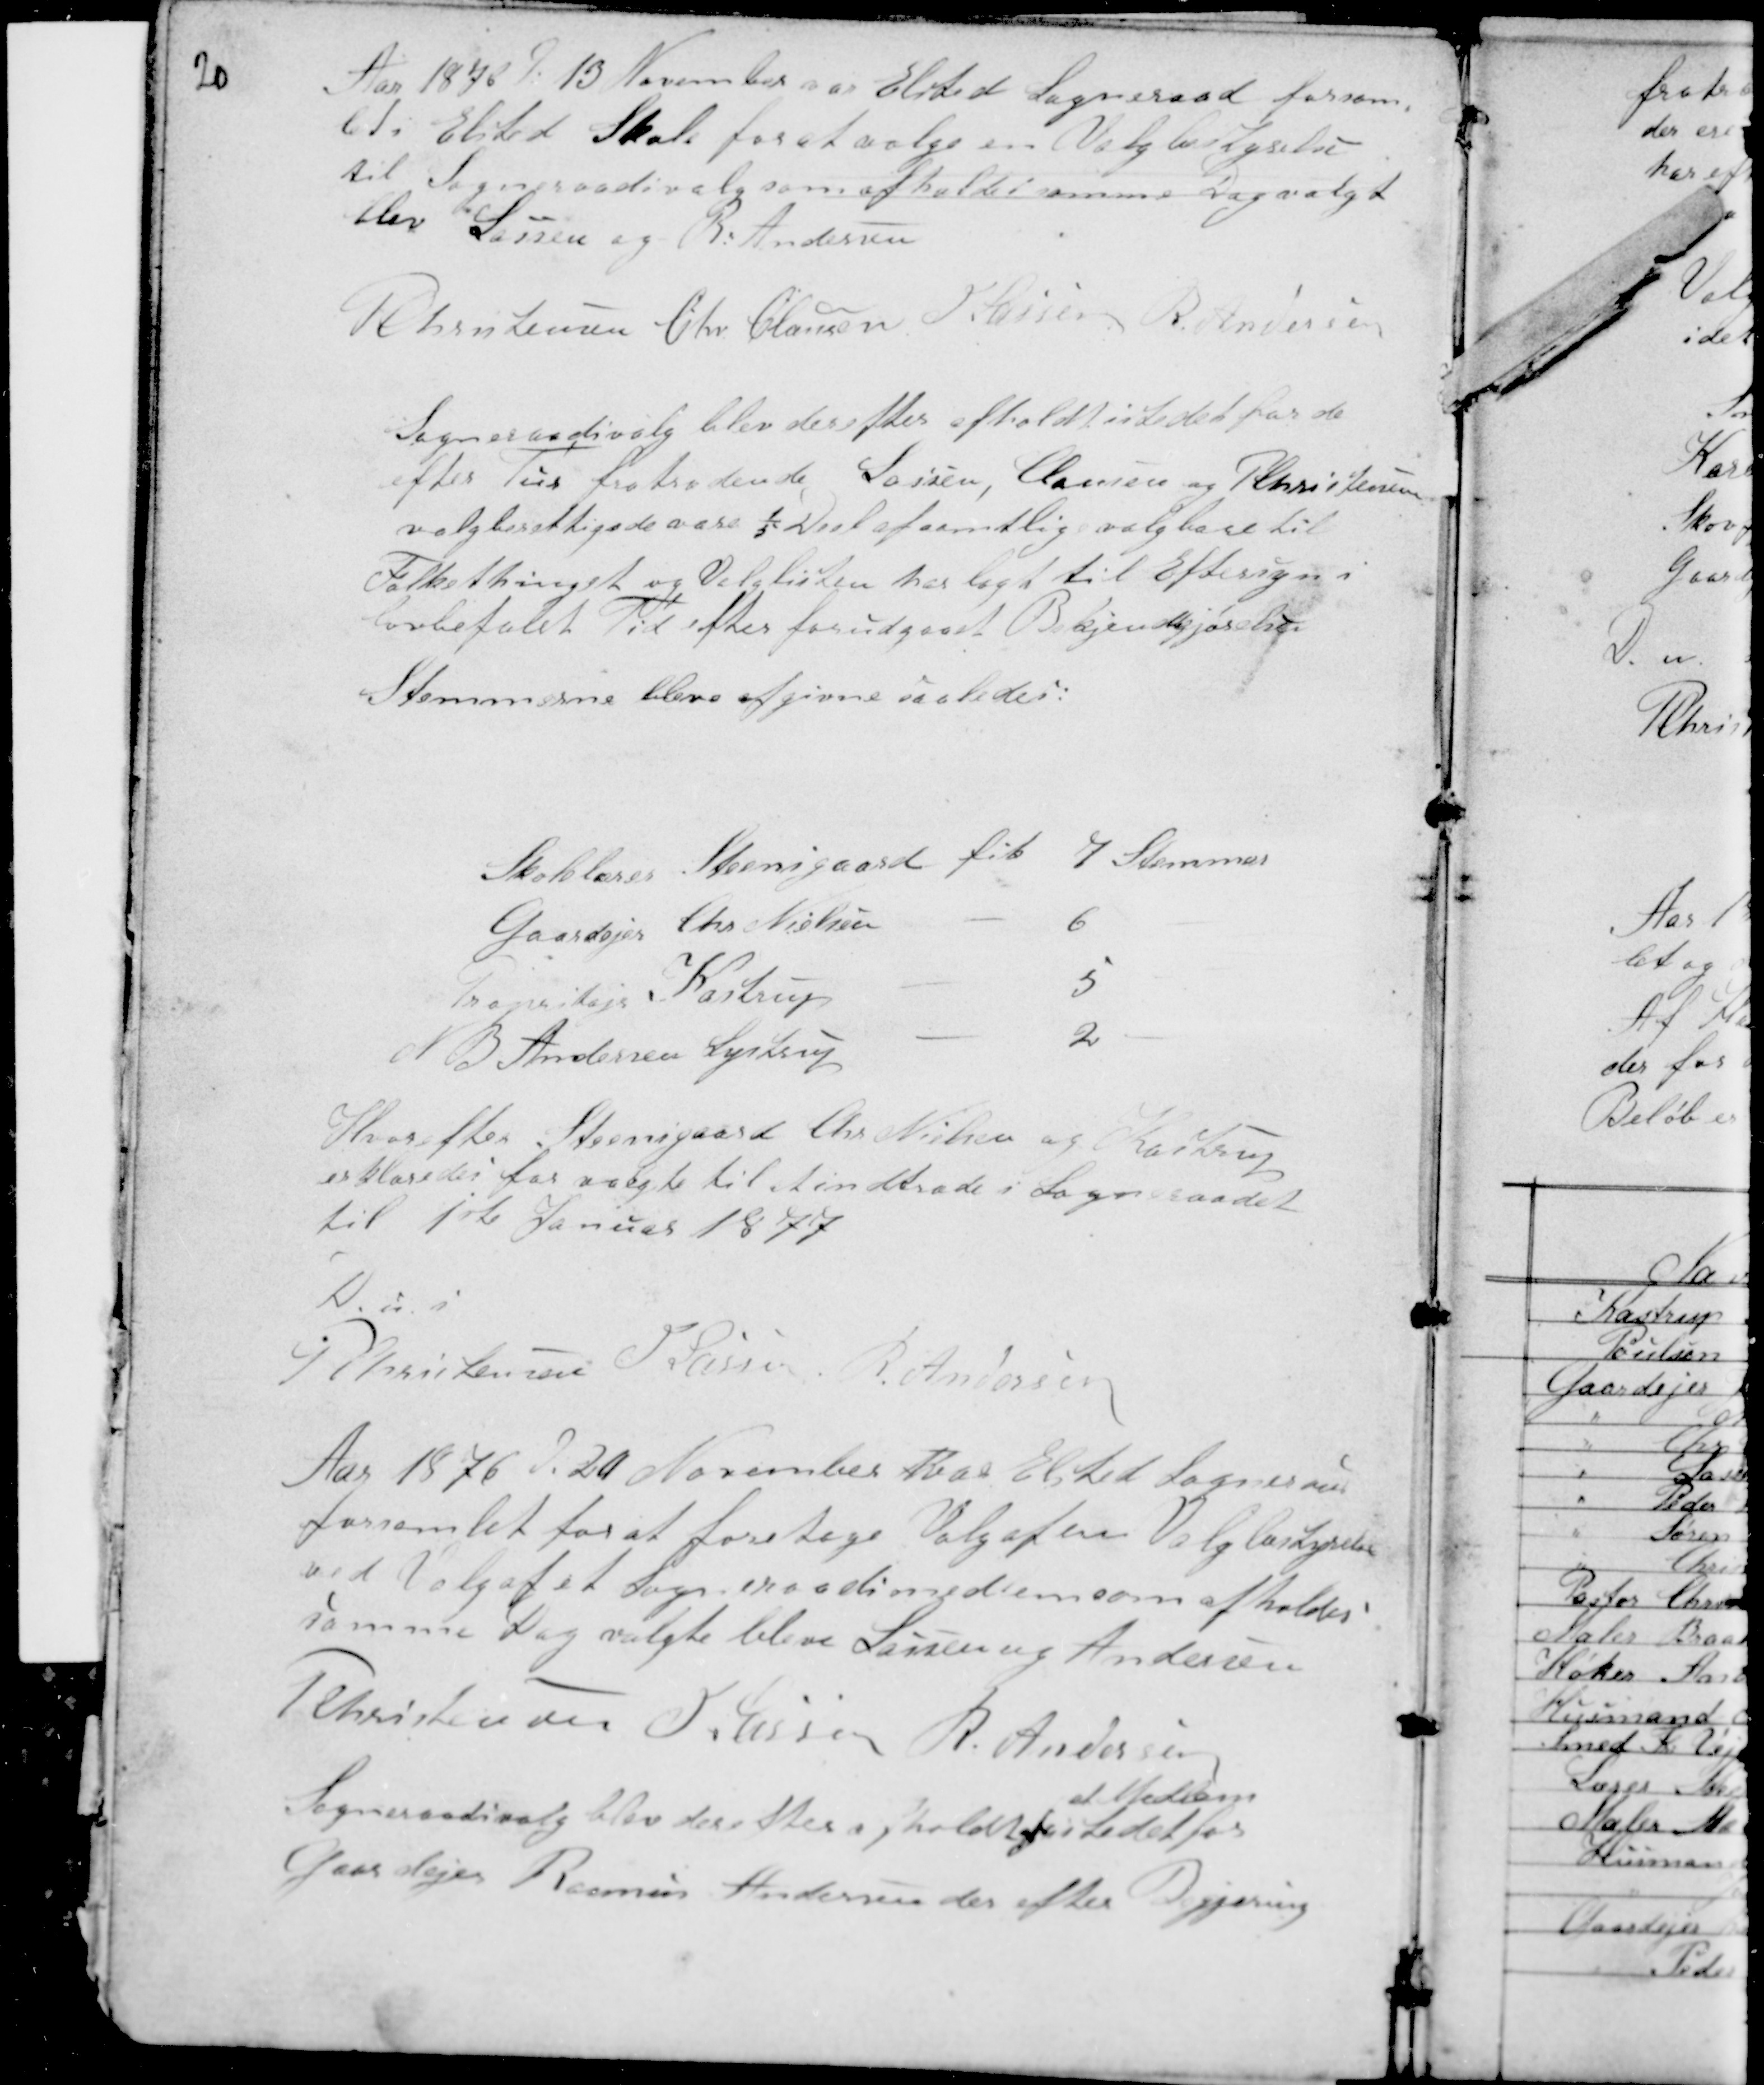
Transskription:
20

Aar 1876 d: 13 November var Elsted Sogneraad forsam-
let i Elsted Skole for at vælge en Valgbestyrelse
til Sogneraadsvalg som afholdes samme Dag valgt
blev Lassen og R: Andersen
PChristensen Chr Clausen H Lassen R Andersen

Sogneraadsvalg blev derefter afholdt istedetfor for de
efter Tur fratrædende Lassen, Clausen og PChristensen
valgberettigede vare 1/5 Deel af samtlige valgbare til
Folkethinget og Valglisten har lagt til Eftersyn i
lovbefalet Tid efter forudgaaet Bekjendtgjørelse
Stemmerne bleve afgivne saaledes:

Skolelærer Steensgaard fik 7 Stemmer
Gaardejer Chr Nielsen - 6 -
Propritajr Kastrup - 5 -
N B Andersen Lystrup - 2 -

Hvorefter Steensgaard Chr Nielsen og Kastrup
erklæredes for valgte til at indtræde i Sogneraadet
til 1ste Januar 1877
D u s
PChristensen H Lassen R. Andersen

Aar 1876 d: 20 November Hvar Elsted Sogneraad
forsamlet for at foretage Valg af en Valgbestyrelse
ved Valg af et Sogneraadsmedlem som afholdes
samme Dag valgte bleve Lassen og Andersen
P Christensen H Lassen R. Andersen
Sogneraadsvalg blev derefter afholdt af istedetfor
et Medlem
Gaardejer Rasmus Andersen der efter Begjering